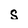
Character: S